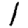
Digit: 1